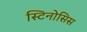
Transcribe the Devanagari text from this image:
स्टिनोसिस